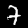
Label: 7